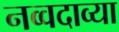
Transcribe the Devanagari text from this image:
नव्वदाव्या